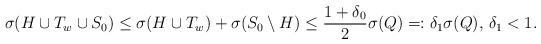
LaTeX: \begin{align*}\sigma(H \cup T_w \cup S_0) \le \sigma(H \cup T_w) + \sigma(S_0 \setminus H) \le \frac{1+\delta_0}{2}\sigma(Q) =: \delta_1\sigma(Q), \, \delta_1 < 1.\end{align*}